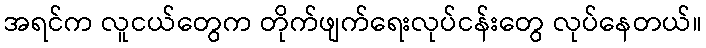
အရင်က လူငယ်တွေက တိုက်ဖျက်ရေးလုပ်ငန်းတွေ လုပ်နေတယ်။